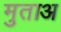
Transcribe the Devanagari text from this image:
मुताअ